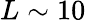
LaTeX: L\sim 10